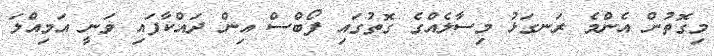
މިގޮތުން އެންމެ ރަނގަޅު މިސާލެއްގެ ގޮތުގައި ފޯބްސް އިން ދައްކާފައި ވަނީ އަމިއްލަ